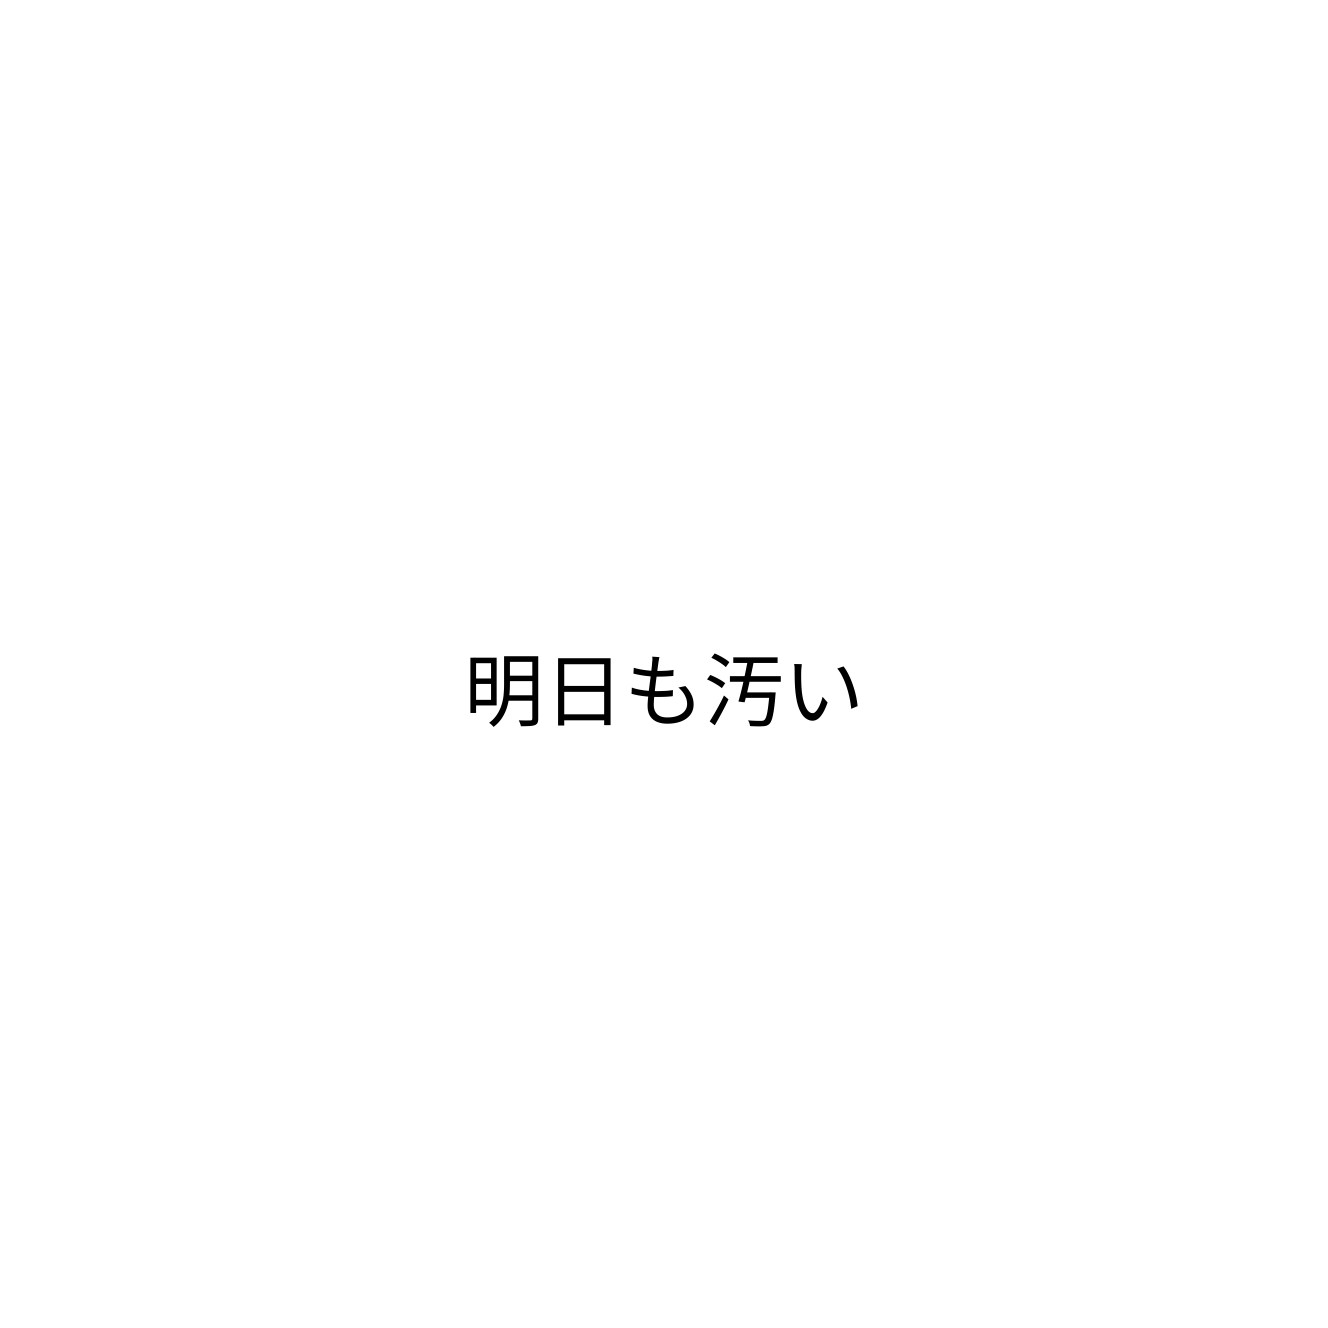
明日も汚い